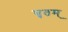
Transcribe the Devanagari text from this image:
घृतम्